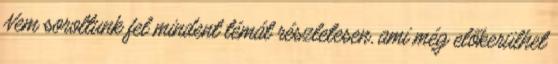
Nem soroltunk fel mindent témát részletesen, ami még előkerülhet